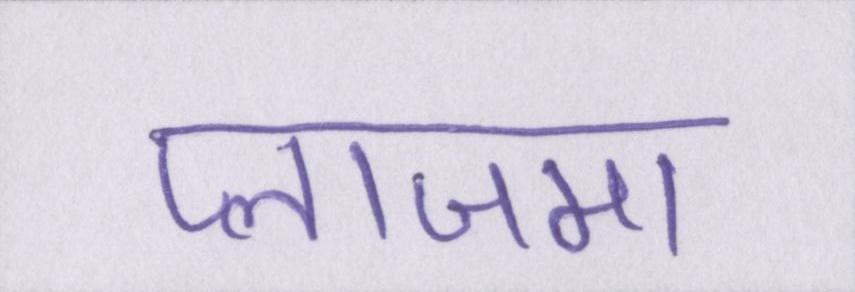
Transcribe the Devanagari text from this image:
प्लाजमा